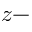
z -